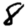
Digit: 8